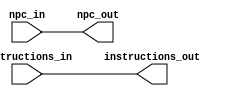
/*
* Yousef Jarrar & Nicholas Chiodini
* CSE 401 - Computer Arch
* Dr. Gomez - Spring 2019
* Lab 1 - Instruction Fetch Stage
* 04/15/2019
*
* Desc:  The IF Stage of the pipeline.
* */


module if_id ( output reg [31:0] instructions_out, npc_out,
               input wire [31:0] instructions_in, npc_in
              );

    initial begin
        instructions_out <= 0;
        npc_out <= 0;
    end

    always @ * begin
        #1
           instructions_out <= instructions_in;
           npc_out <= npc_in;
    end
endmodule